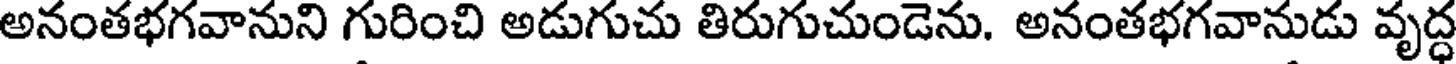
అనంతభగవానుని గురించి అడుగుచు తిరుగుచుండెను. అనంతభగవానుడు వృద్ధ